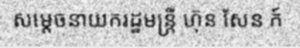
សម្តេចនាយករដ្ឋមន្ត្រី ហ៊ុន សែន ក៍